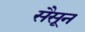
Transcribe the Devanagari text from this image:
सैसून